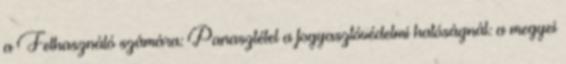
a Felhasználó számára: Panasztétel a fogyasztóvédelmi hatóságnál: a megyei